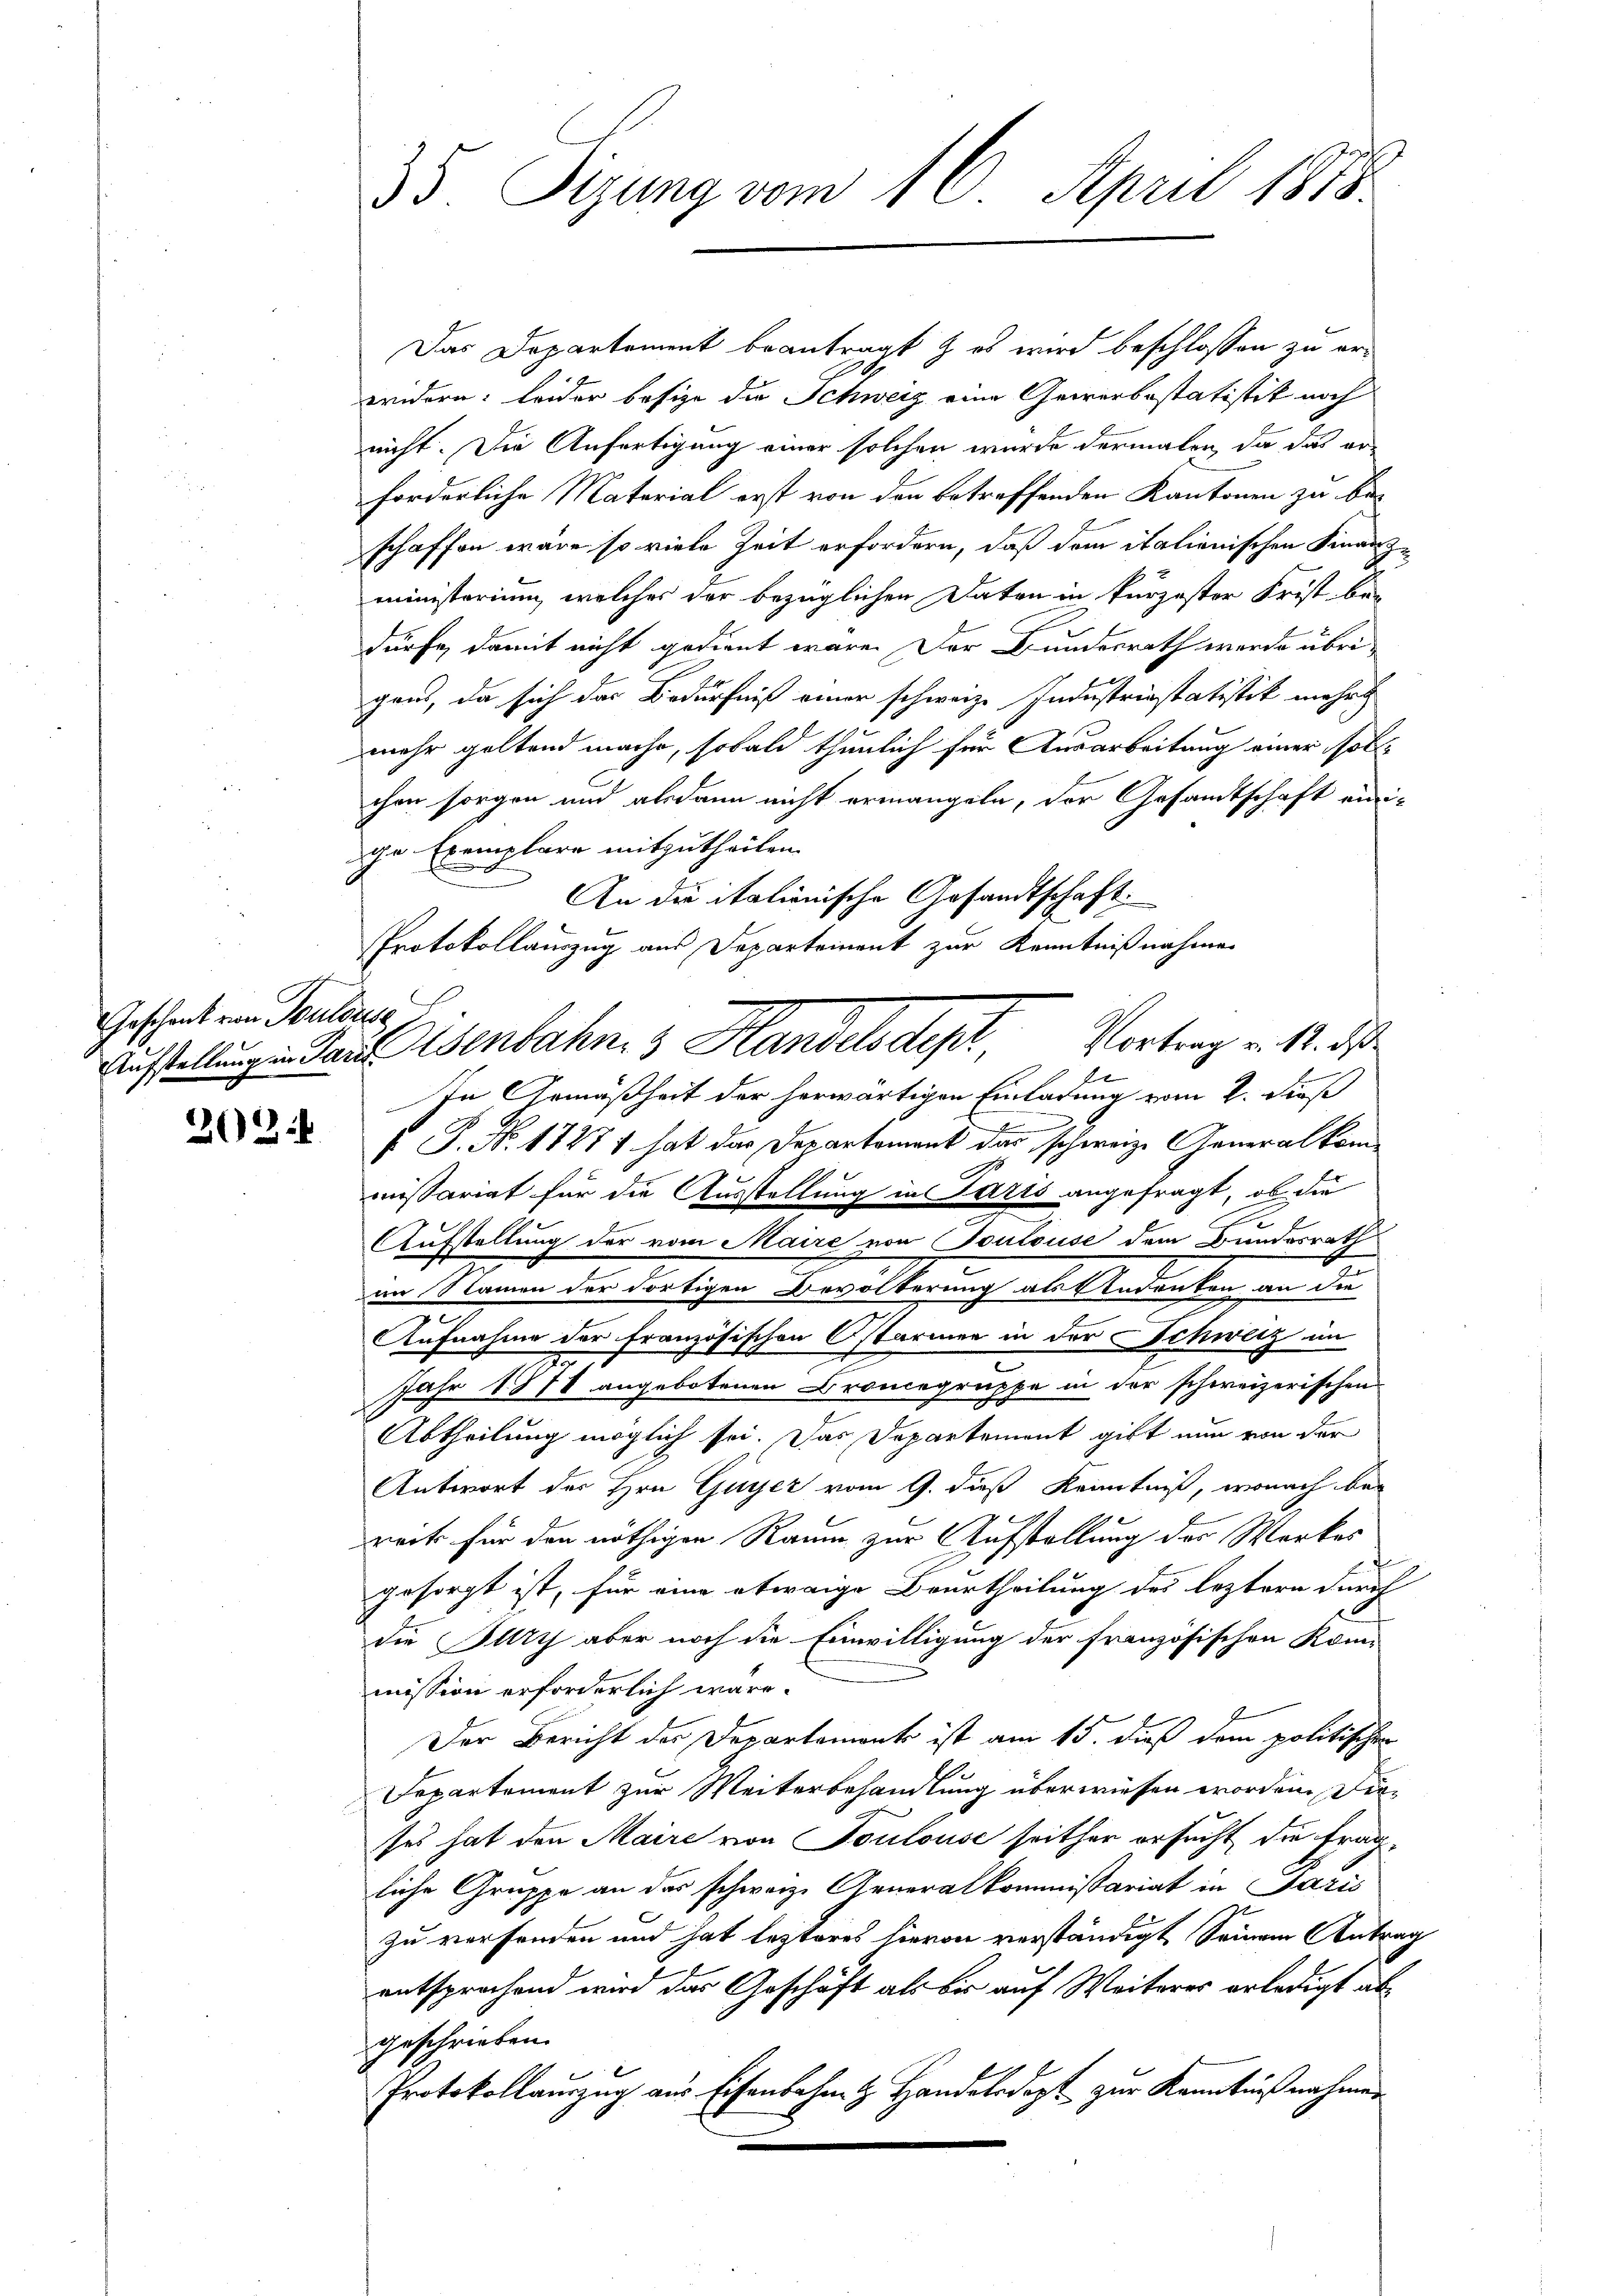
Geschenk von Touldus

2024

35. Sizung vom 16. April 1873.

Das Departement beantragt & es wird beschlossen zu erwidern: leider besize die Schweiz eine Gewerbestatistik noch
nicht. Die Anfertigung einer solchen wurde dermalen, da das er-
forderliche Material erst von den betreffenden Kantonen zu beschaffen wäre so viele Zeit erfordern, daß dem italionischen Finanz
ministerium, welches der bezüglichen Daten in kurzester Frist be-
dürfe, damit nicht gedient wäre. Der Bundesrath werde übrigans, da sich das Bedürfniß einer schweiz. Industriestatistik mehr
mehr geltend mache, sobald thunlich für Ausarbeitung einer sollchen sorgen und alsdann nicht ermangeln, der Gesamtschaft ein
che Exemplare mitzutheilen.
An die italienische Gesandtschaft
Protokollauszug aus Departement zur Kenntnißnahme
Ausstellung in Paul enbahn, 3 Handels depr
In Gemäßheit der herwärtigen Einladung vom 2. dieß
 P. Nr. 1727 1 hat das Departement das schweiz. Generalkommissariat für die Ausstellung in Paris angefragt, ob die
Aufstellung der vom Maire von Soutsuse dem Banderrath
am Namen der dortigen Bevölkerung als Andenken an die
I
Aufnahme der französischen Ostarmen in der Schweiz an
Jahr 1878 angebotenen Broncegruppe in der schweizerischen
Abtheilung möglich sei. Das Departement gibt nun von der
Antwort des Hrn. Guyer vom 9. daß Kenntniß, wonach bewert für den nöthigen Raum zur Aufstellung des Werkes
gesorgt ist, für eine etwaige Beurtheilung des leztern durch
die Jury aber noch die Einwilligung der französischen Kom-
mission erforderlich wäre.
Der Bericht der Departement ist am 15. dieß dem politischen
Departement zur Weiterbehandlung überwiesen worden. Dieses hat den Maire von Toulouse seither ersucht, die fragliche Gruppe an der schweiz. Generalkommißariat in Paris
zu verfanden und hat lezteres hievon verständigt seinem Antr
entsprechend wird das Geschäft als bis auf Weiteres erledigt abgeschrieben.
Protokollauszug aus Eisenbahn z. Handelsdept zur Kenntnißnahme

Vortrag v. 12. ds
f